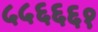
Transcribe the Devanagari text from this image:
५५६६६१